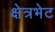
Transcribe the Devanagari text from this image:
क्षेत्रभेट